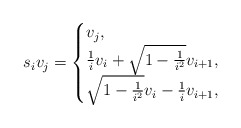
\begin{align*}s_iv_{j}= \begin{cases}v_j, & \\\frac{1}{i}v_i+\sqrt{1-\frac{1}{i^2}}v_{i+1}, & \\\sqrt{1-\frac{1}{i^2}}v_i-\frac{1}{i}v_{i+1}, & \end{cases}\end{align*}